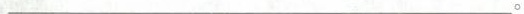
___。